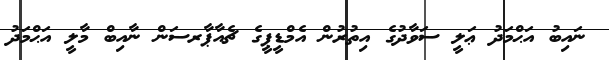
ނައިބު އަޙްމަދު ޢަލީ ސަވާދުގެ އިތުރުން އެމްޑީޕީގެ ޗެއާޕާރސަން ނާއިބް މާލީ އަޙްމަދު